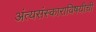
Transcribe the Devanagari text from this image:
अंत्यसंस्काराविषयीची